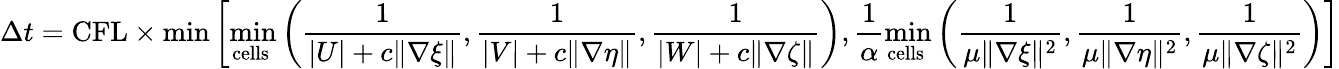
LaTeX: \Delta t=\mathrm{CFL}\times\operatorname*{min}\left[\operatorname*{min}_{\mathrm{cells~}}\left(\frac{1}{|U|+c\| \nabla\xi\| },\frac{1}{|V|+c\| \nabla\eta\| },\frac{1}{|W|+c\| \nabla\zeta\| }\right)\right.,\frac{1}{\alpha}\left.\operatorname*{min}_{\mathrm{cells~}}\left(\frac{1}{\mu\| \nabla\xi\| ^{2}},\frac{1}{\mu\| \nabla\eta\| ^{2}},\frac{1}{\mu\| \nabla\zeta\| ^{2}}\right)\right]